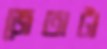
জেতাটা